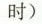
时 ）